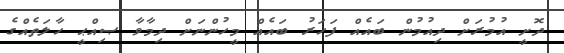
ދޮށީ އުމުރަށް ދިއުމުން ބައެއް ފަހަރު ބައެއް މީހުންނަށް ދިމާވާ ޞިއްޙީ ހާލަތެއްގެ